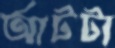
আটটা